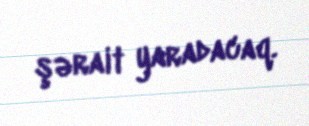
şərait yaradacaq.